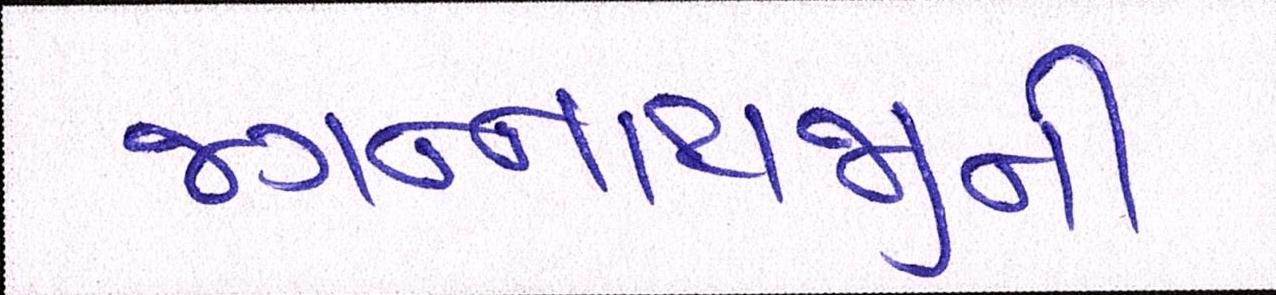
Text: જગન્નાથજીની